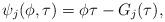
LaTeX: \begin{align*} \psi_j(\phi,\tau) = \phi\tau - G_j(\tau),\end{align*}